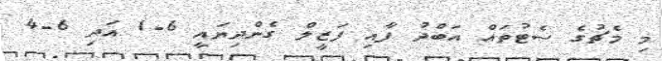
މި މެޗުގެ ސެޓުތައް އަބްދު ފާއި ފަޒީލް ގެންދިޔައީ 6-1 އަދި 6-4